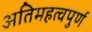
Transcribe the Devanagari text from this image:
अतिमहत्‍वपुर्ण